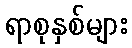
ရာစုနှစ်များ